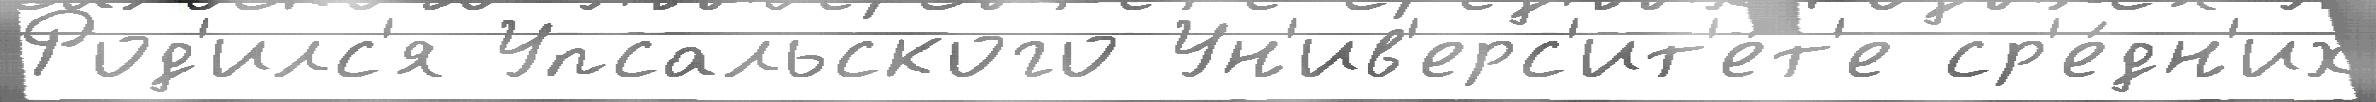
Род'илс'я Упсальского Ун'ив'ерс'ит'е́т'е ср'е́дн'их